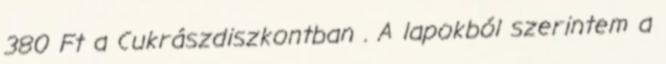
380 Ft a Cukrászdiszkontban . A lapokból szerintem a